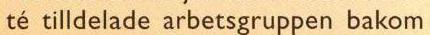
té tilldelade arbetsgruppen bakom